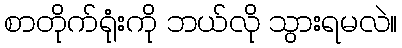
စာတိုက်ရုံးကို ဘယ်လို သွားရမလဲ။